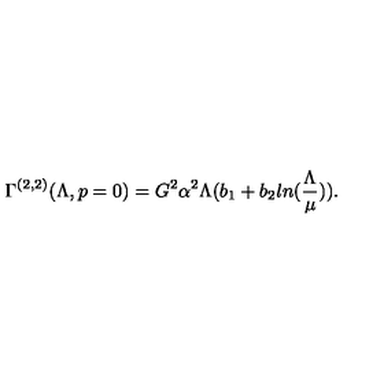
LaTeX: \Gamma ^ { ( 2 , 2 ) } ( \Lambda , p = 0 ) = G ^ { 2 } \alpha ^ { 2 } \Lambda ( b _ { 1 } + b _ { 2 } l n ( \frac { \Lambda } { \mu } ) ) .